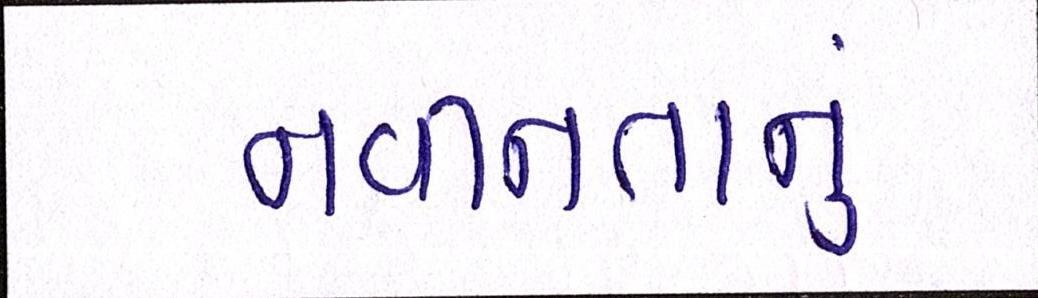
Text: નવીનતાનું